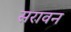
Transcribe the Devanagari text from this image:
सरावन